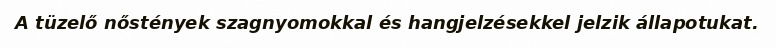
A tüzelő nőstények szagnyomokkal és hangjelzésekkel jelzik állapotukat.